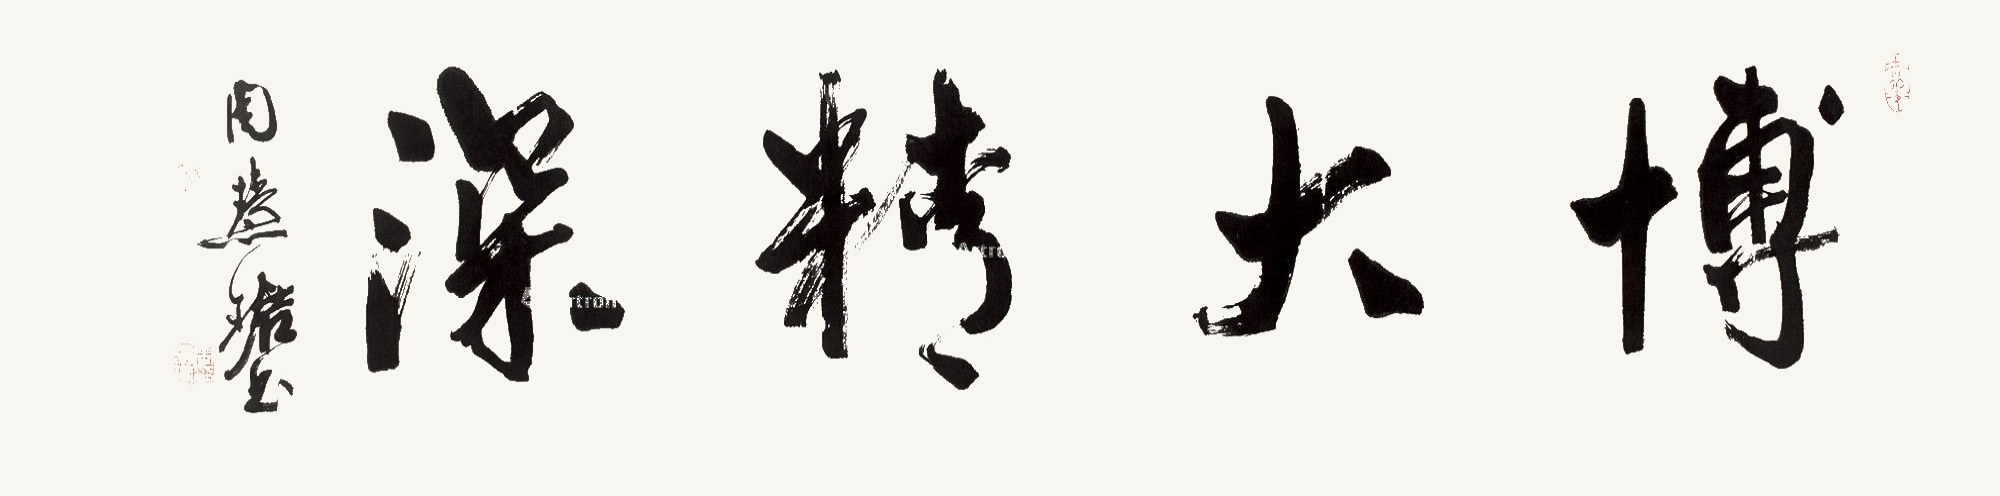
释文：博大精深周慧珺书。